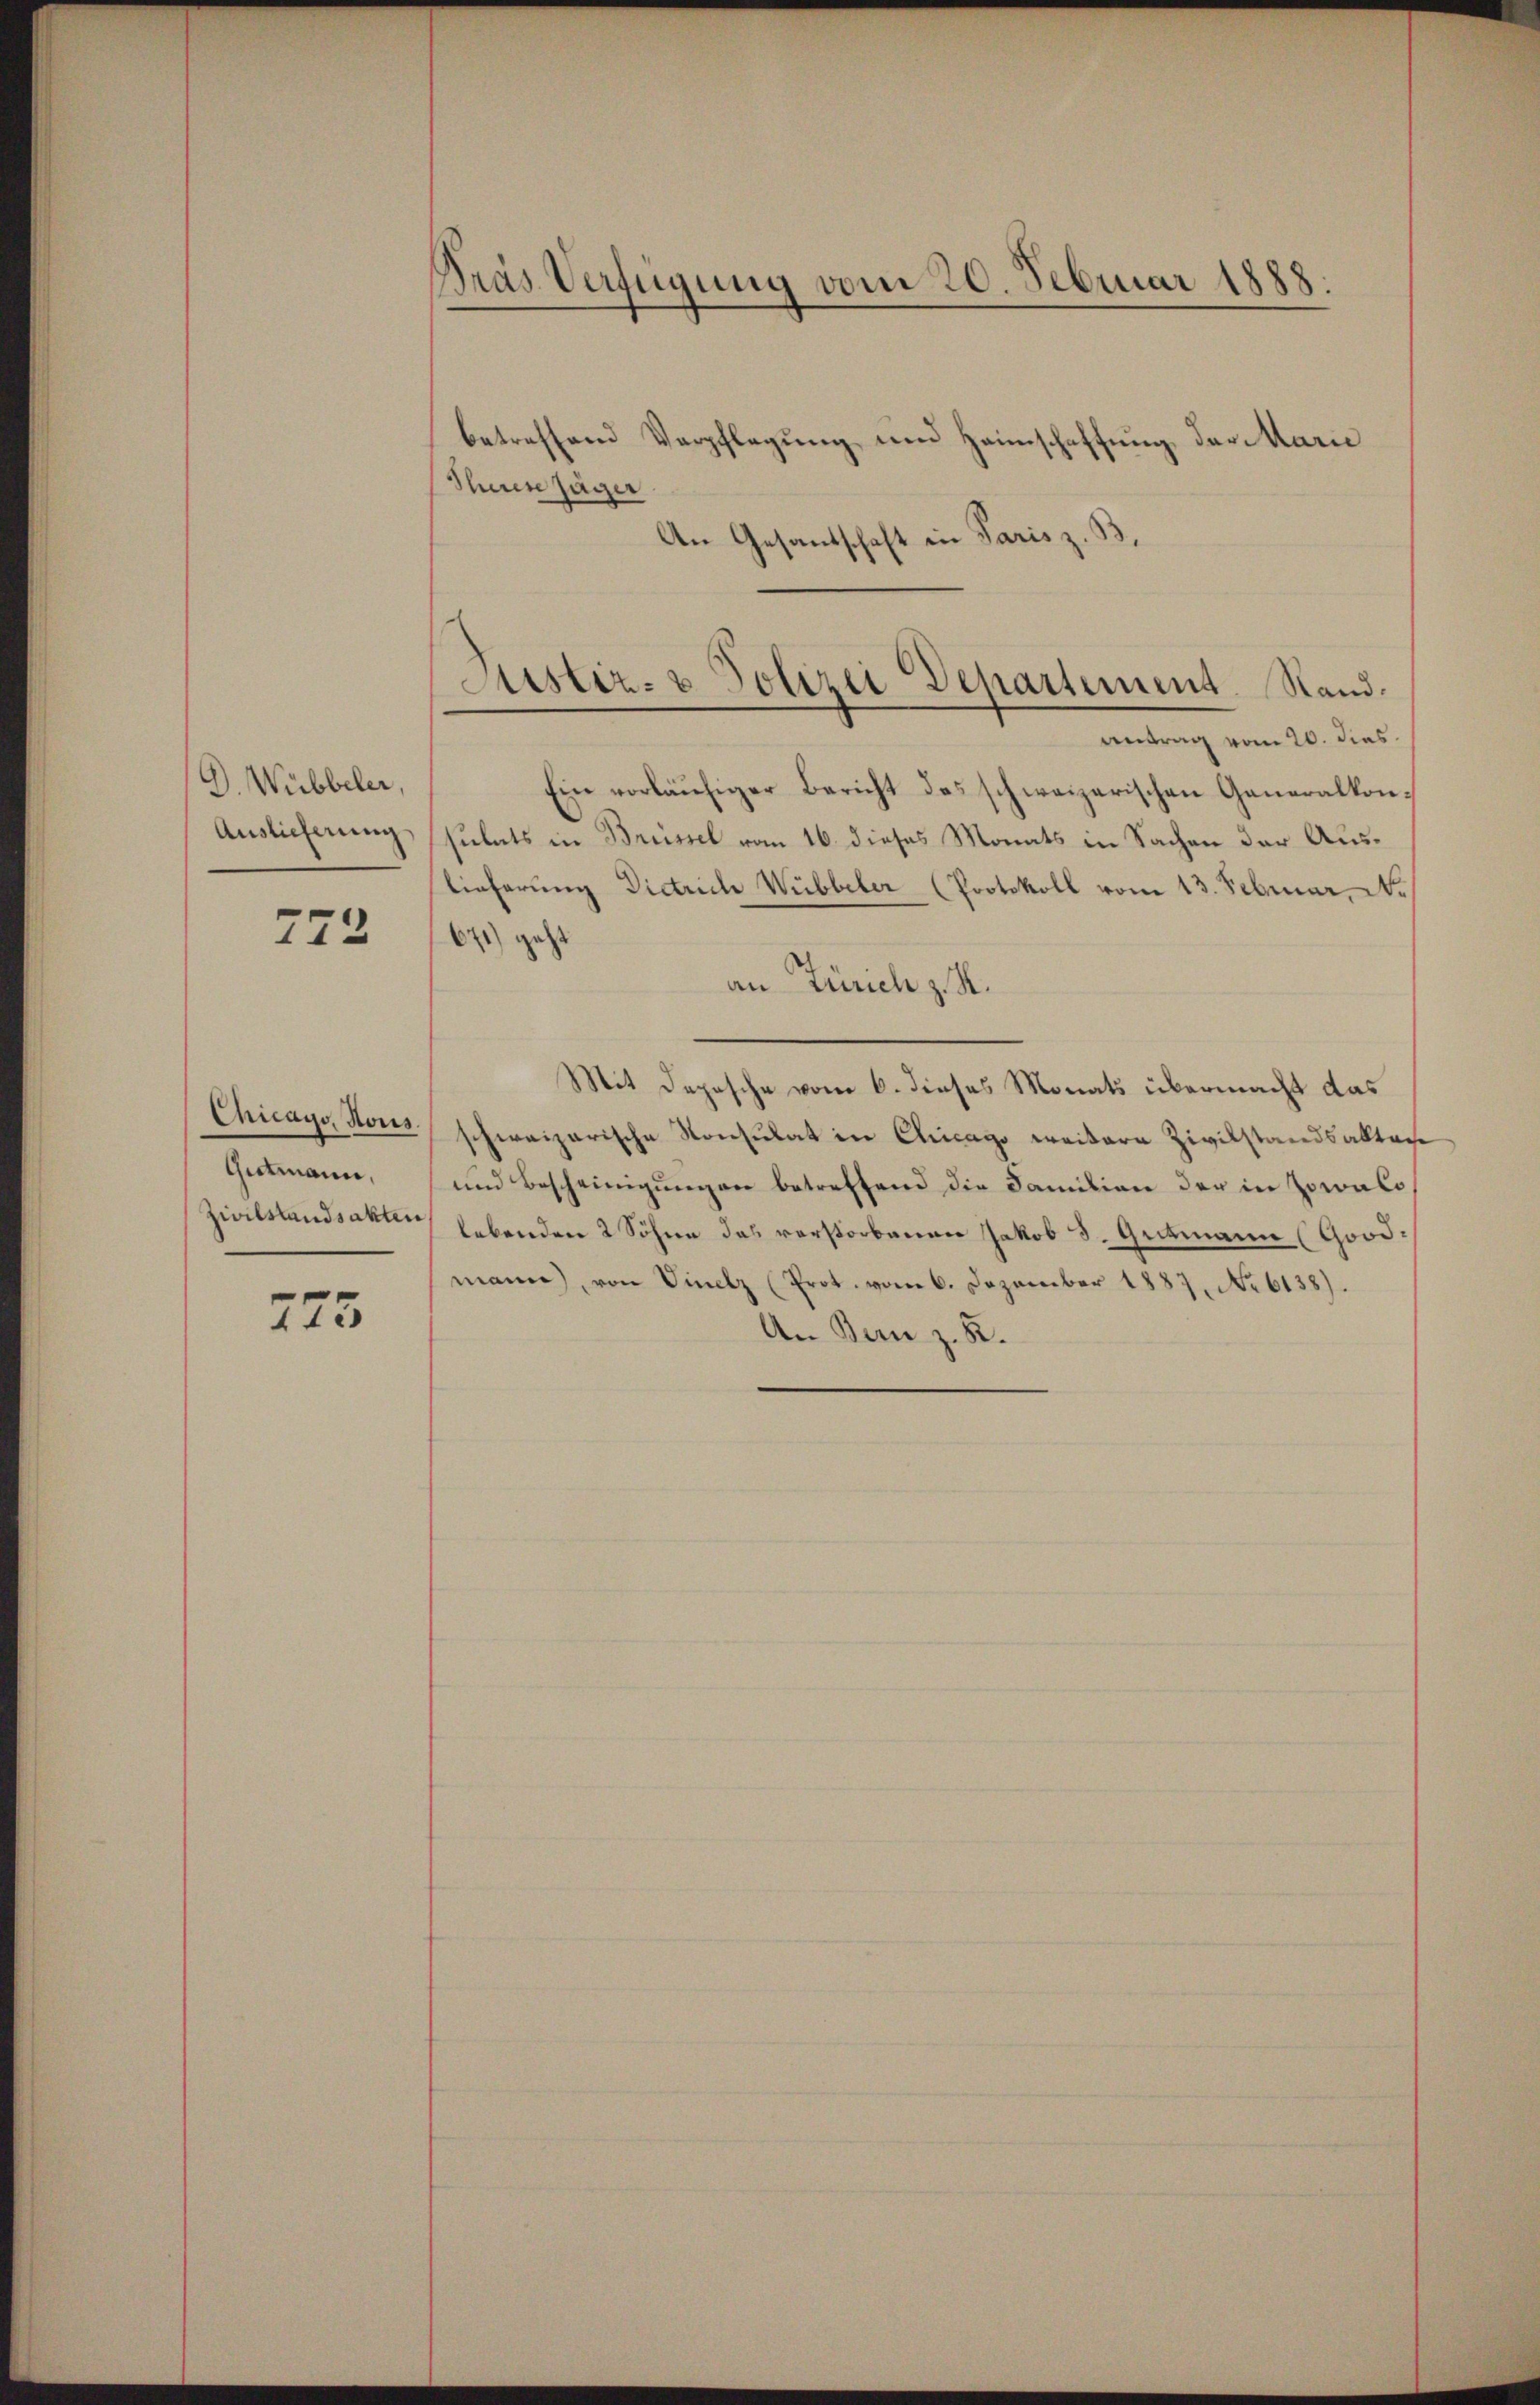
G. Wübbeler,
Auslieferung

772

Chicago, Hous.
Gutmann,
Zivilstandsakten

775

Pras Verfügung vom 20. Februar 1888.

betreffend Verpflegung und Heimschaffung der Marie
Theren Jäger
An Gesantschaft in Paris z. B.

Justiz- & Polizei Departement. Stand.
Antrag vom 20. dies

Ein vorläŭfiger Bericht das schweizerischen Generalkone
sulats in Brüssel vom 16. dieses Monats in Sachen der Auslieferung Dietrich Wübbeter (Protokoll vom 13. Februar No
671) geht
an Zürich z. B.
Mit Depesche vom 6. dieses Monats übermacht das
schweizerische Konsulat in Chicago weitere Zivilstandsaktere
und Bescheinigungen betreffend die Familien der in sowalolebenden 2 Söhne das verstorbenen Jakob S. Gutmann (Govemann), von Vinelz (Prot. vom 6. Dezember 1887, No 6138).
An Banz. R.